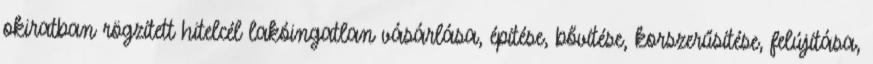
okiratban rögzített hitelcél lakóingatlan vásárlása, építése, bővítése, korszerűsítése, felújítása,